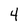
Character: 4